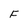
Character: F